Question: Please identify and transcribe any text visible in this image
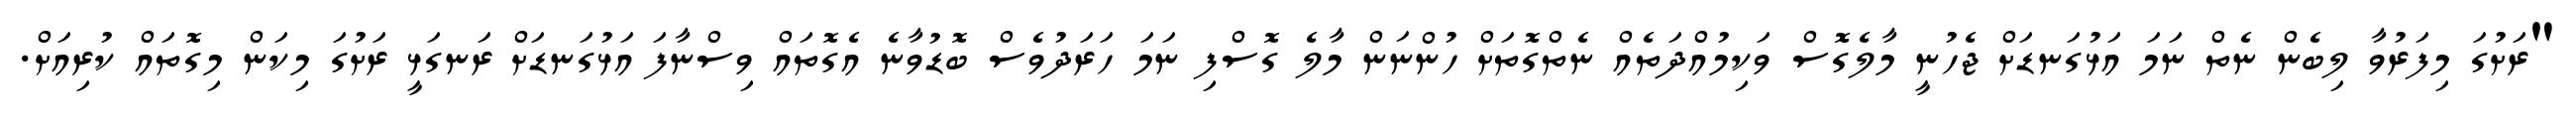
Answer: "ރަށުގަ މިފަރުވާ ލިބެން ނެތް ނަމަ އަޅުގަނޑަށް ޖެހުނީ މާލެގޮސް ވަކިމުއްދަތެއް ނެތްގޮތަށް ހުންނަން މާލެ ގޮސްފި ނަމަ ހަރަދުވެސް ބޮޑުވާނެ އެގޮތައް ވިސްނާފަ އަޅުގަނޑަށް ރަނގަޅީ ރަށުގަ މިކަން މިގޮތައް ކުރިއަށް.